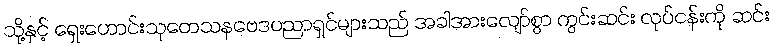
သို့နှင့် ရှေးဟောင်းသုတေသနဗေဒပညာရှင်များသည် အခါအားလျော်စွာ ကွင်းဆင်း လုပ်ငန်းကို ဆင်း